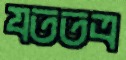
যততত্র